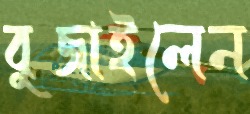
বুজাইলেন